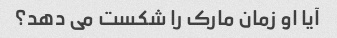
آیا او زمان مارک را شکست می دهد؟